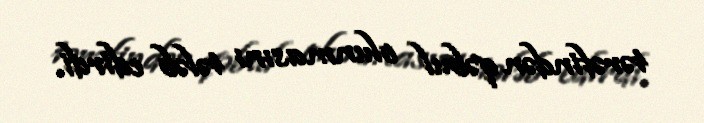
tərəfindən qəbul olunmasını tələb edirdi.